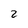
Character: 2